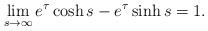
LaTeX: \begin{align*}\lim_{s \rightarrow \infty} e^{\tau} \cosh s - e^{\tau} \sinh s = 1.\end{align*}